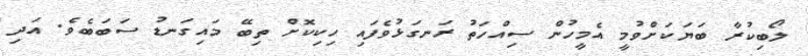
ލޯބިކުރާ ބަޔަކަށްވުމީ އެމީހުން ސިއްހަތު ރަނގަޅުވެފައި ހިކިކޮށް ތިބޭ މައިގަނޑު ސަބަބެވެ. އަދި